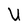
Character: U